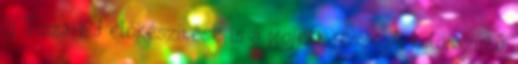
új Tisza-híd előkészítése is a projekt része. A különszintű